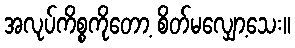
အလုပ်ကိစ္စကိုတော့ စိတ်မလျှော့သေး။